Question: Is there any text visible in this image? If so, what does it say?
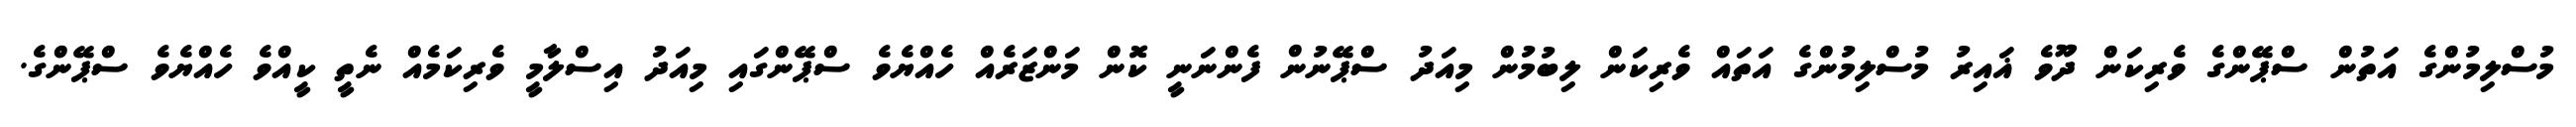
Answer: މުސްލިމުންގެ އަތުން ސްޕޭންގެ ވެރިކަން ދޫވެ ޣައިރު މުސްލިމުންގެ އަތައް ވެރިކަން ލިބުމުން މިއަދު ސްޕޭނުން ފެންނަނީ ކޮން މަންޒަރެއް ހެއްޔެވެ ސްޕޭންގައި މިއަދު އިސްލާމީ ވެރިކަމެއް ނެތީ ކީއްވެ ހެއްޔެވެ ސްޕޭންގެ.